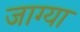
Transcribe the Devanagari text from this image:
जाग्या